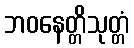
ဘဝနေတ္တိသုတ္တံ